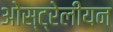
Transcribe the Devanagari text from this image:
ओस्ट्रेलीयन